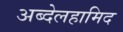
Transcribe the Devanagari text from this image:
अब्देलहामिद